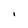
Character: i